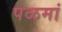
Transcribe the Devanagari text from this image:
पळमां